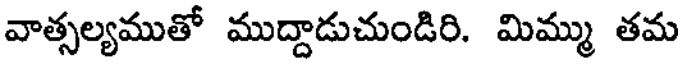
వాత్సల్యముతో ముద్దాడుచుండిరి. మిమ్ము తమ